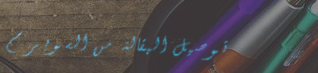
توصيل البقالة من السوبر م